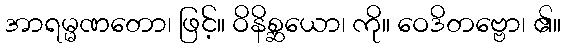
အာရမ္မဏတော၊ ဖြင့်။ ဝိနိစ္ဆယော၊ ကို။ ဝေဒိတဗ္ဗော၊ ၏။